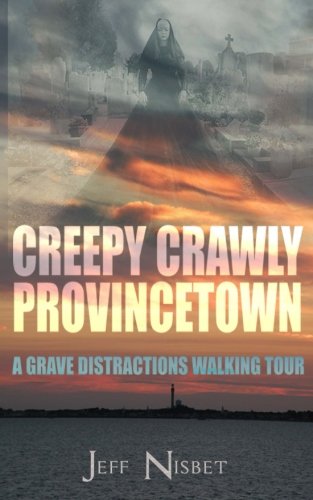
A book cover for Creepy Crawly Provincetown: A Grave Distractions Walking Tour; Jeff Nisbet; Travel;